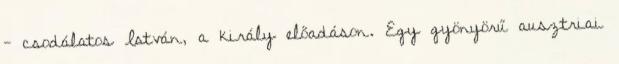
- csodálatos István, a király előadáson. Egy gyönyörű ausztriai